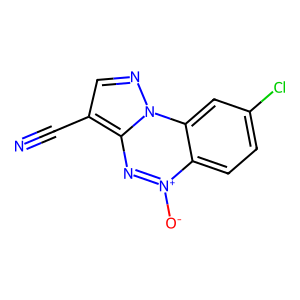
SMILES: N#Cc1cnn2c1n[n+]([O-])c1ccc(Cl)cc12
Inhibits HIV replication: No